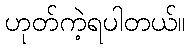
ဟုတ်ကဲ့ရပါတယ်။